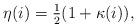
LaTeX: \begin{align*}\eta(i)=\tfrac12(1+\kappa(i)),\end{align*}